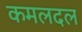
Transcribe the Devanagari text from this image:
कमलदल